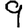
Digit: 9